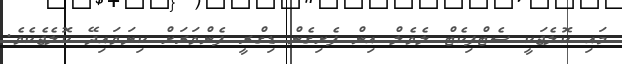
މައި ކޮލެޖަކީ ސެޓްފިކެޓް ލެވެލް އިން ފެށިގެން ޑިގްރީ ފެންވަރަށް ކިޔަވައިދޭ ކޮލެޖެކެވެ.